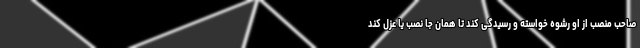
صاحب منصب از او رشوه خواسته و رسیدگی کند تا همان جا نصب یا عزل کند